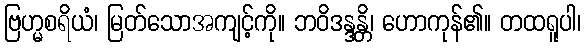
ဗြဟ္မစရိယံ၊ မြတ်သောအကျင့်ကို။ ဘဝိဒန္ဒန္တိ၊ ဟောကုန်၏။ တထရူပါ၊